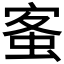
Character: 𡩓